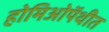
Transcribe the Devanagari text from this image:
होमिओपॅथीत